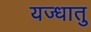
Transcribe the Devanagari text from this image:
यज्धातु